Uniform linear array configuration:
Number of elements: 16
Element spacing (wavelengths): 0.5
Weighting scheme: kaiser
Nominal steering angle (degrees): -45
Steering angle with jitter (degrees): -46.716
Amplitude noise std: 0.05
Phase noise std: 0.05

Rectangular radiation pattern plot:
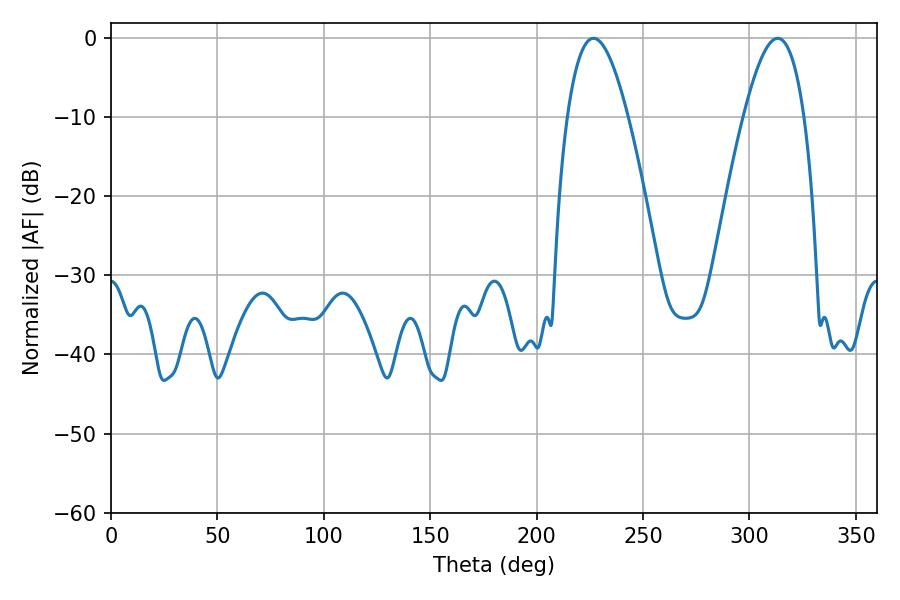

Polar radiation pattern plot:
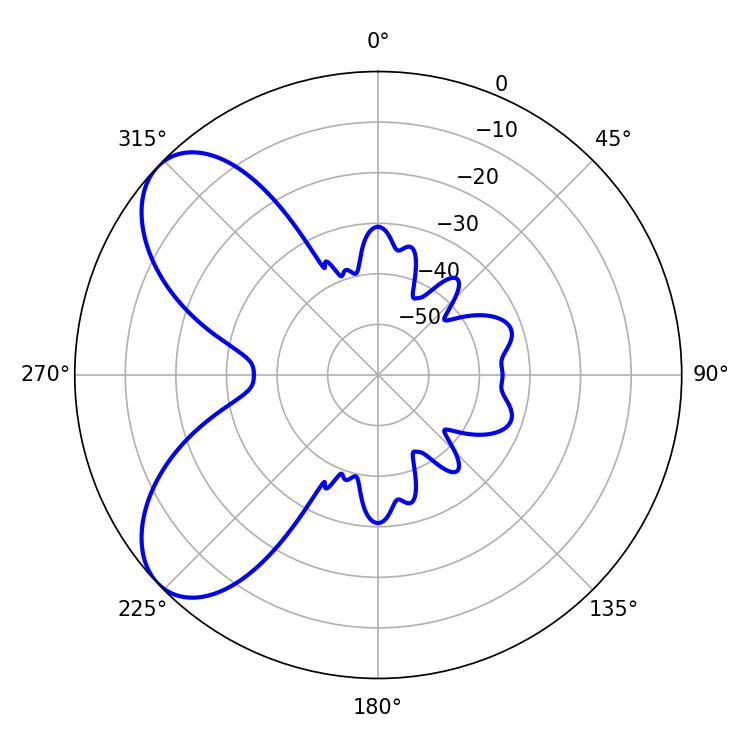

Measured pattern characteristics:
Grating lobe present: FALSE
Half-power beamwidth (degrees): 15.48
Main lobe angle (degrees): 226.8